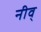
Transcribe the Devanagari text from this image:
नीव्